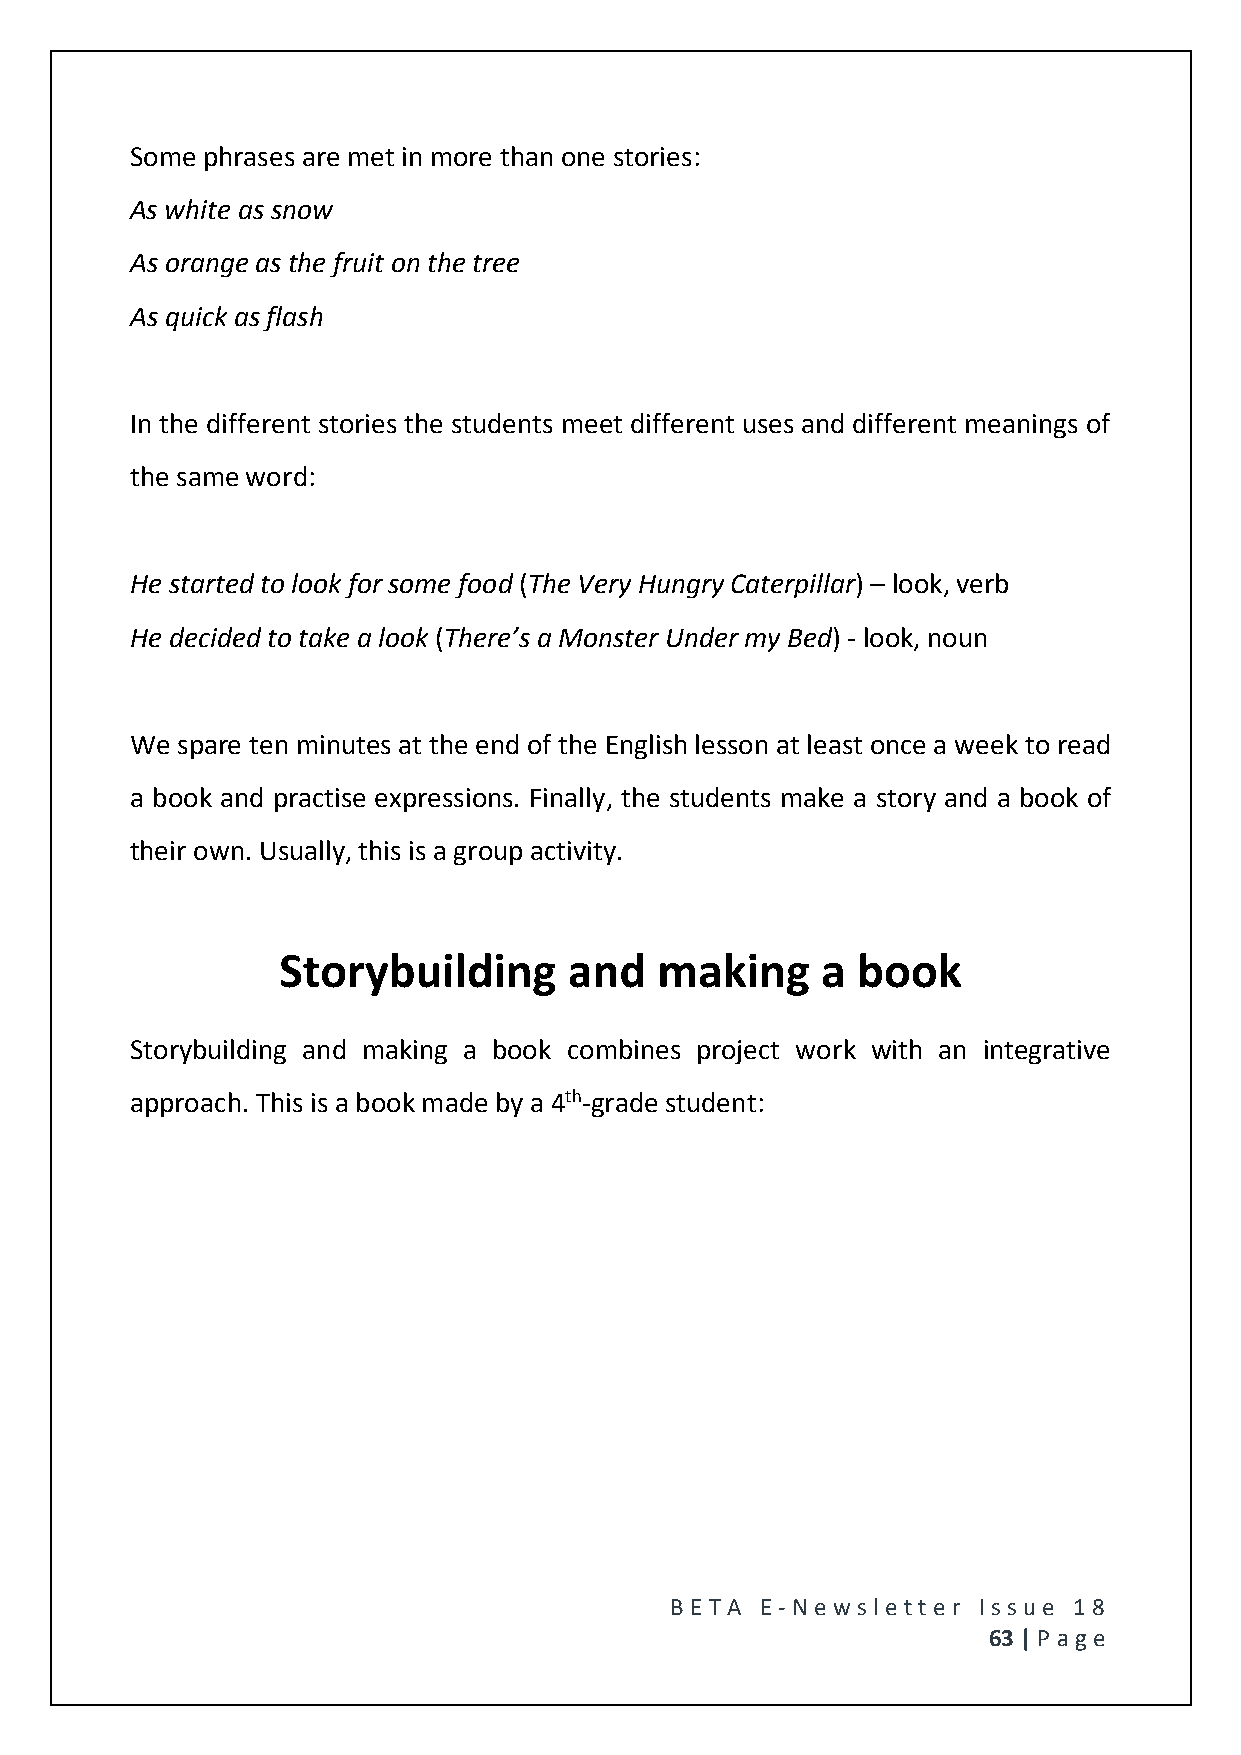
Some phrases are met in more than one stories:
 As white as snow
 As orange as the fruit on the tree
 As quick as flash
 In the different stories the students meet different uses and different meanings of
 the same word:
 He started to look for some food (The Very Hungry Caterpillar) – look, verb
 He decided to take a look (There’s a Monster Under my Bed) - look, noun
 We spare ten minutes at the end of the English lesson at least once a week to read
 a book and practise expressions. Finally, the students make a story and a book of
 their own. Usually, this is a group activity.
 Storybuilding       and  making     a  book
 Storybuilding and making a book combines project work with an integrative
 approach. This is a book made by a 4th-grade student:
 BE T A E -N e wsle tt e r Issue 18
 63 | P age